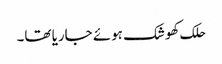
حلک کھوشک ہوئے جاریا تھا۔